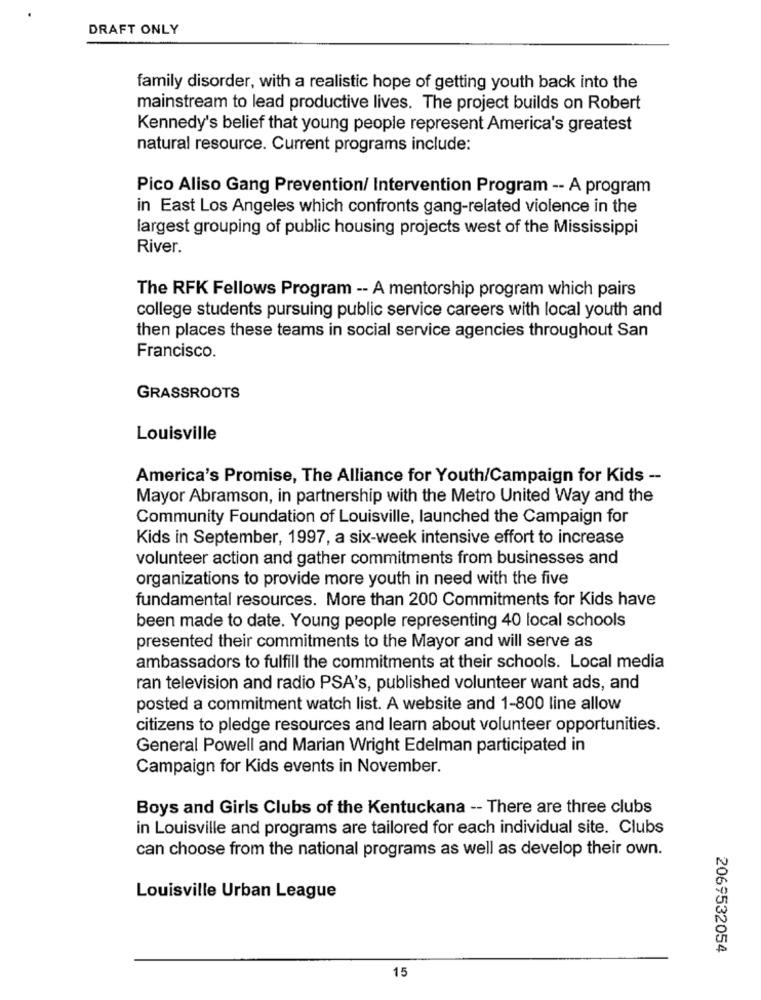
DRAFT ONLY
family disorder, with a realistic hope of getting youth back into the
mainstream to lead productive lives. The project builds on Robert
Kennedy's belief that young people represent America's greatest
natural resource. Current programs include:
Pico Aliso Gang Prevention/ Intervention Program -- A program
in East Los Angeles which confronts gang-related violence in the
largest grouping of public housing projects west of the Mississippi
River.
The RFK Fellows Program -- A mentorship program which pairs
college students pursuing public service careers with local youth and
then places these teams in social service agencies throughout San
Francisco.
GRASSROOTS
Louisville
America's Promise, The Alliance for Youth/Campaign for Kids --
Mayor Abramson, in partnership with the Metro United Way and the
Community Foundation of Louisville, launched the Campaign for
Kids in September, 1997, a six-week intensive effort to increase
volunteer action and gather commitments from businesses and
organizations to provide more youth in need with the five
fundamental resources. More than 200 Commitments for Kids have
been made to date. Young people representing 40 local schools
presented their commitments to the Mayor and will serve as
ambassadors to fulfill the commitments at their schools. Local media
ran television and radio PSA's, published volunteer want ads, and
posted a commitment watch list. A website and 1-800 line allow
citizens to pledge resources and learn about volunteer opportunities.
General Powell and Marian Wright Edelman participated in
Campaign for Kids events in November.
Boys and Girls Clubs of the Kentuckana -- There are three clubs
in Louisville and programs are tailored for each individual site. Clubs
can choose from the national programs as well as develop their own.
Louisville Urban League
2069532054
15